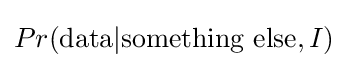
Pr({\text{data}}|{\text{something else}},I)